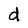
Character: d